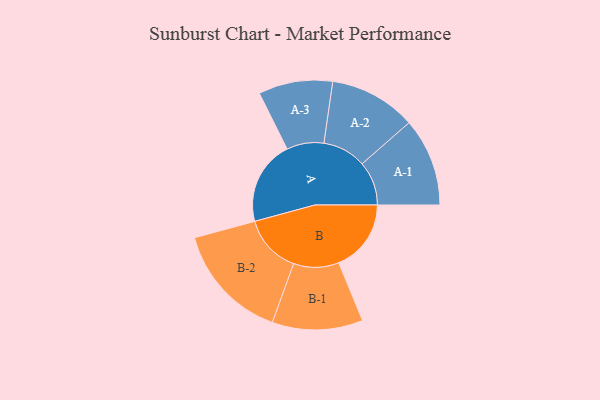
{"axis": {"x": "Segment", "y": "Value"}, "legend": ["", "A", "B"], "data": [{"x": "A", "y": 277, "type": ""}, {"x": "B", "y": 238, "type": ""}, {"x": "A-1", "y": 145, "type": "A"}, {"x": "A-2", "y": 143, "type": "A"}, {"x": "A-3", "y": 122, "type": "A"}, {"x": "B-1", "y": 149, "type": "B"}, {"x": "B-2", "y": 193, "type": "B"}]}